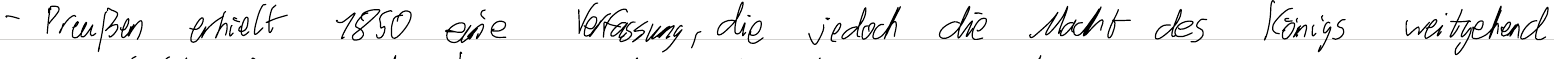
- Preußen erhielt 1850 eine Verfassung, die jedoch die Macht des Königs weitgehend